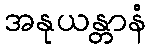
အနုယန္တာနံ